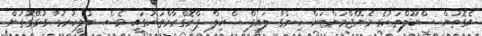
އެގޮތުން ސްކޫލްތަކުގެ މެނޭޖްމަންޓަށް ހިންގާ ލައިފް ސްކިލް ޕްރޮގްރާމްތަކުގައި ވެސް ބުލީކުރުމާ ގުޅޭގޮތުން